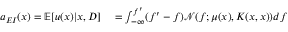
\begin{array} { r l } { a _ { E I } ( x ) = \mathbb { E } [ u ( x ) | x , D ] } & { { } = \int _ { - \infty } ^ { f ^ { \prime } } ( f ^ { \prime } - f ) \mathcal { N } ( f ; \mu ( x ) , K ( x , x ) ) d f } \end{array}